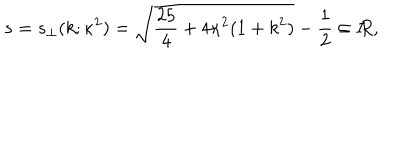
s = s _ { \perp } ( k ; \kappa ^ { 2 } ) = \sqrt { \frac { 2 5 } { 4 } + 4 \kappa ^ { 2 } ( 1 + k ^ { 2 } ) } - \frac 1 2 \in I \! \! R ,